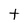
Character: t